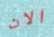
الان